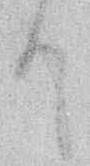
て